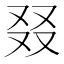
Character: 叕